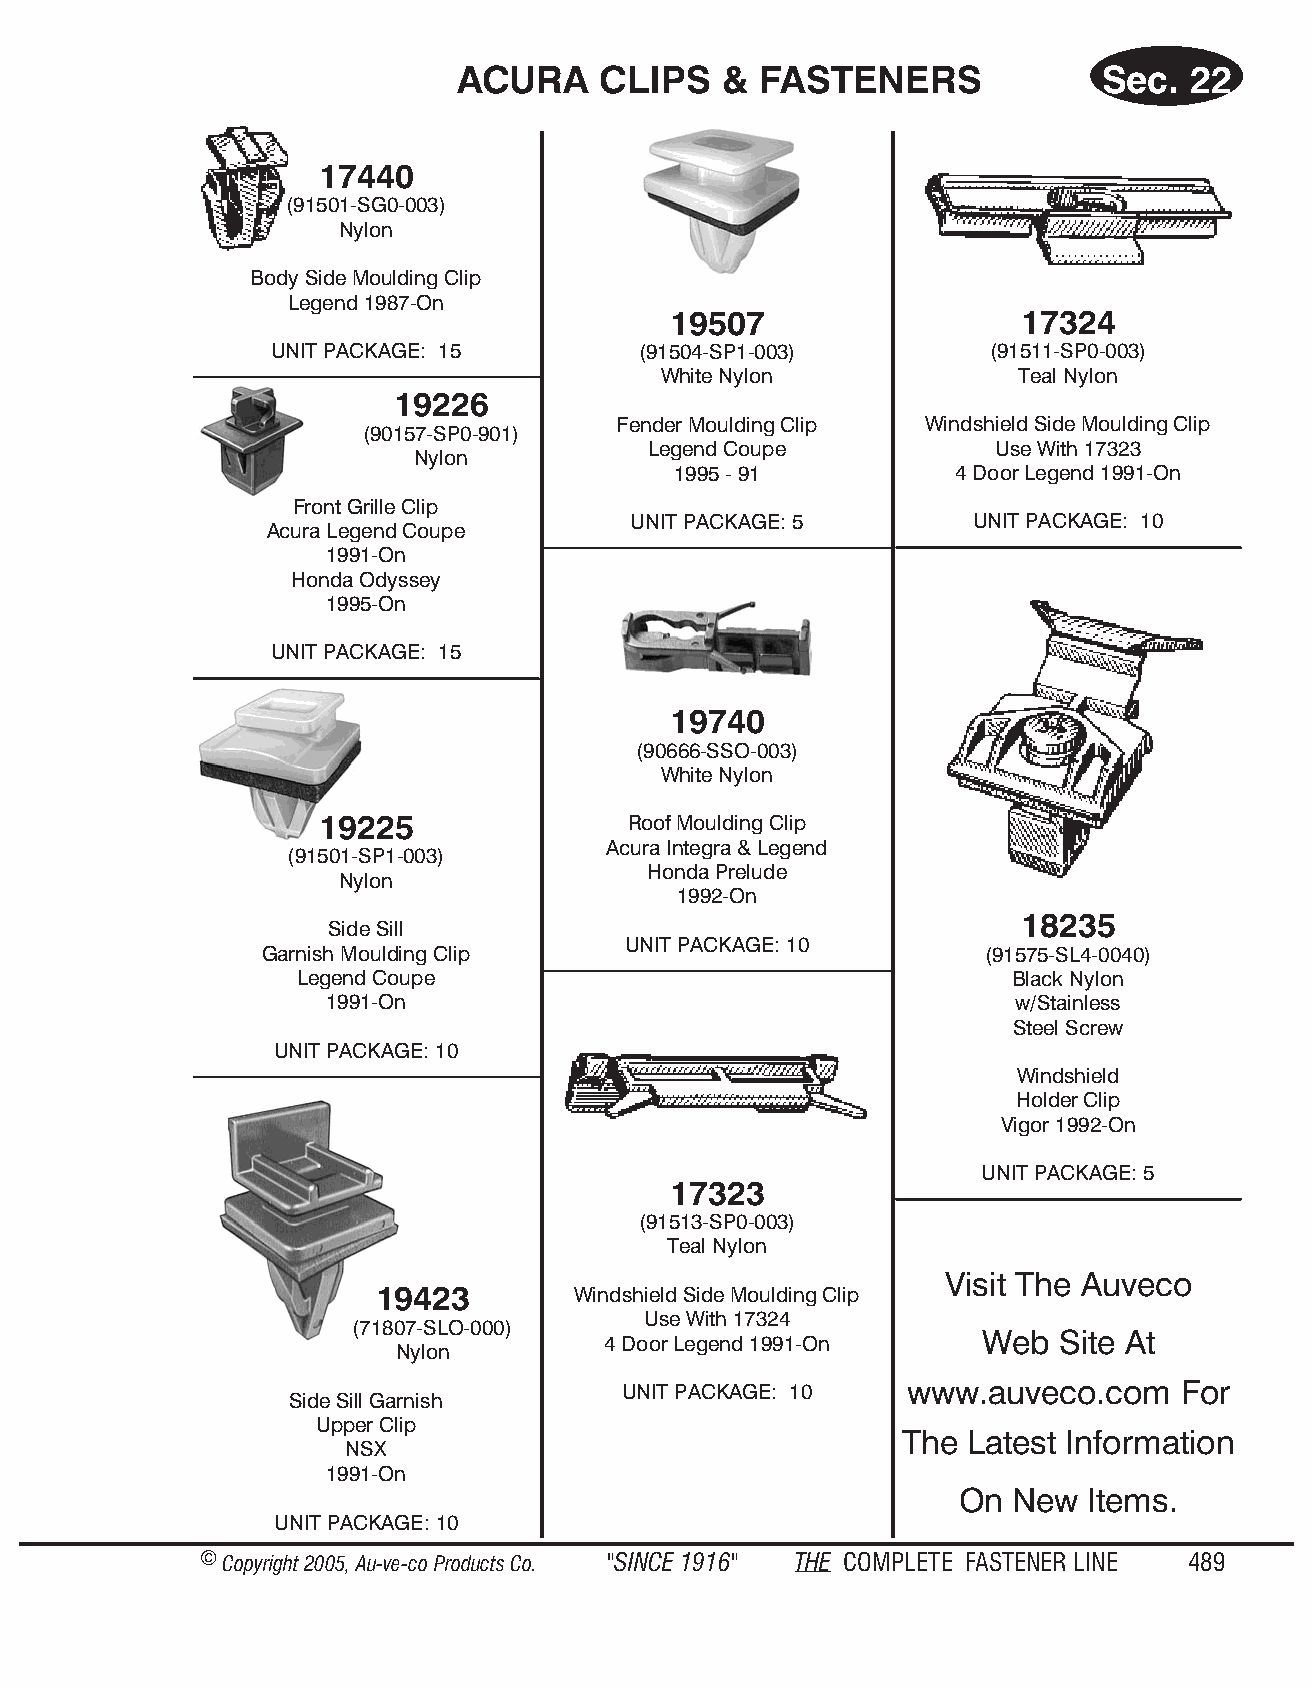
ACURA     CLIPS   & FAS  TENE   RS         Sec.  22
 17440
 (91501-SG0-003)
 Nylon
 Body Side Moulding Clip
 Legend 1987-On
 19507                  17324
 UNIT PACKAGE: 15         (91504-SP1-003)        (91511-SP0-003)
 White Nylon             Teal Nylon
 19226
 Fender Moulding Clip Windshield Side Moulding Clip
 (90157-SP0-901)
 Legend Coupe           Use With 17323
 Nylon
 1995 - 91         4 Door Legend 1991-On
 Front Grille Clip
 UNIT PACKAGE: 5        UNIT PACKAGE: 10
 Acura Legend Coupe
 1991-On
 Honda Odyssey
 1995-On
 UNIT PACKAGE: 15
 19740
 (90666-SSO-003)
 White Nylon
 19225                Roof Moulding Clip
 Acura Integra & Legend
 (91501-SP1-003)
 Honda Prelude
 Nylon
 1992-On
 18235
 Side Sill
 UNIT PACKAGE: 10
 Garnish Moulding Clip                          (91575-SL4-0040)
 Legend Coupe                                   Black Nylon
 1991-On                                      w/Stainless
 Steel Screw
 UNIT PACKAGE: 10
 Windshield
 Holder Clip
 Vigor 1992-On
 UNIT PACKAGE: 5
 17323
 (91513-SP0-003)
 Teal Nylon
 Visit The Auveco
 19423        Windshield Side Moulding Clip
 Use With 17324
 (71807-SLO-000)
 4 Door Legend 1991-On    Web  Site At
 Nylon
 UNIT PACKAGE: 10   www.auveco.com    For
 Side Sill Garnish
 Upper Clip
 The Latest Information
 NSX
 1991-On
 On New  Items.
 UNIT PACKAGE: 10
 © Copyr ight 2005, Au-ve-co Produ cts Co. "SINCE 1916" THE COM PLETE FAST ENER LINE 489